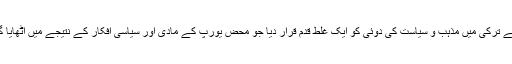
اقبال نے ترکی میں مذہب و سیاست کی دوئی کو ایک غلط قدم قرار دیا جو محض یورپ کے مادی اور سیاسی افکار کے نتیجے میں اٹھایا گیا تھا۔